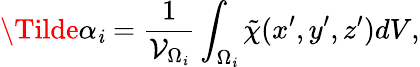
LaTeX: \Tilde{\alpha}_{\mathit{i}}=\frac{{1}}{{\mathcal{{V}}_{\Omega_{\mathit{i}}}}}\int_{\Omega_{\mathit{i}}}\tilde{{\chi}}(x^{\prime},y^{\prime},z^{\prime})dV,